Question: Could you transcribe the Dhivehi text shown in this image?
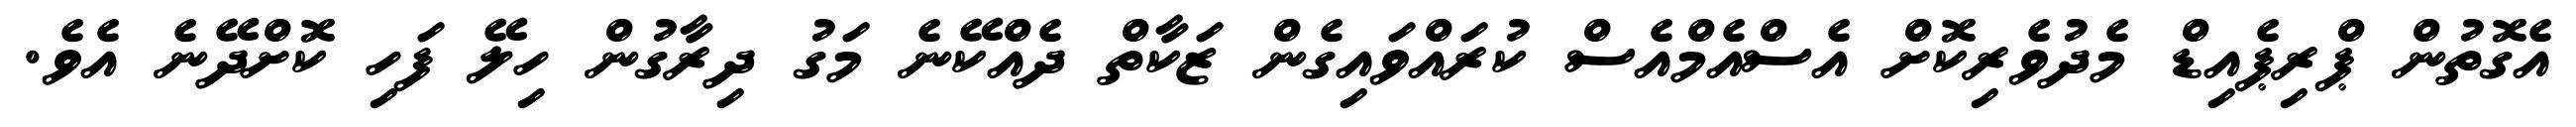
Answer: އެގޮތުން ޕްރިޕެއިޑް މެދުވެރިކޮށް އެސްއެމްއެސް ކުރައްވައިގެން ޒަކާތް ދެއްކޭނެ މަގު ދިރާގުން ހިލޭ ފަހި ކޮށްދޭނެ އެވެ.